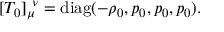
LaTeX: [ T _ { 0 } ] _ { \mu } ^ { \ \nu } = { \mathrm { d i a g } } ( - \rho _ { 0 } , p _ { 0 } , p _ { 0 } , p _ { 0 } ) .